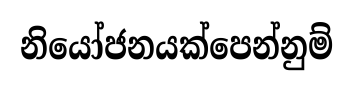
නියෝජනයක්පෙන්නුම්